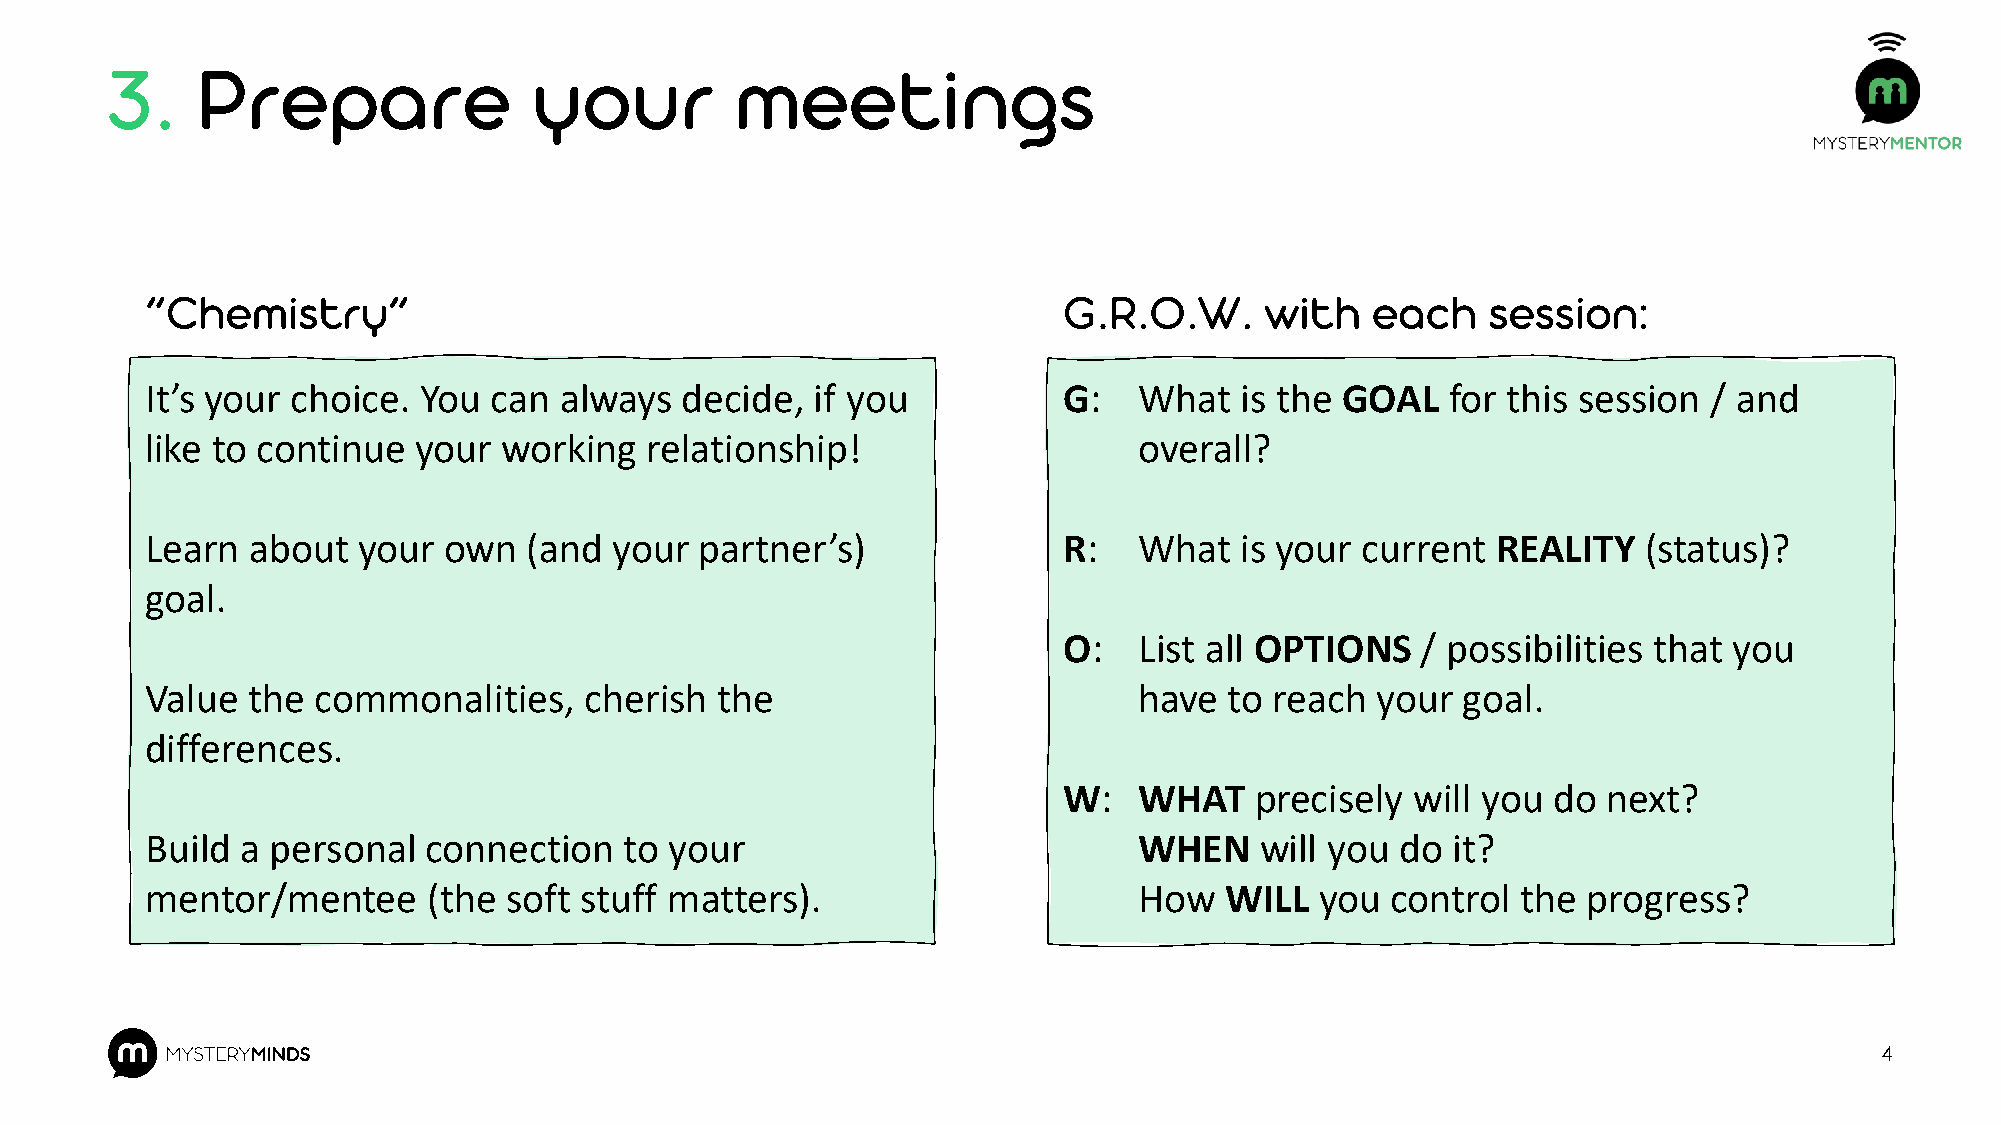
3.    Prepare               your          meetings
 “Chemistry”                                                 G.R.O.W.      with   each    session:
 It’s your choice. You can  always  decide,  if you          G:   What   is the GOAL   for this session / and
 like to continue  your working   relationship!                   overall?
 Learn  about  your own   (and  your partner’s)              R:   What   is your current  REALITY   (status)?
 goal.
 O:   List all OPTIONS   / possibilities that you
 Value the  commonalities,    cherish the                         have  to reach  your  goal.
 differences.
 W:   WHAT    precisely  will you do next?
 Build a personal  connection   to your                           WHEN    will you  do it?
 mentor/mentee     (the  soft stuff matters).                     How   WILL  you  control  the progress?
 4